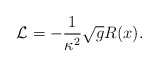
\begin{align*}{\cal L}=-\frac{1}{\kappa ^{2}}\sqrt{g}R(x). \end{align*}